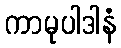
ကာမုပါဒါနံ